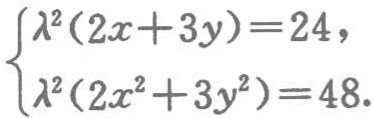
$\begin{cases}

\lambda^{2}(2x + 3y)=24,\\

\lambda^{2}(2x^{2}+3y^{2}) = 48.

\end{cases}$